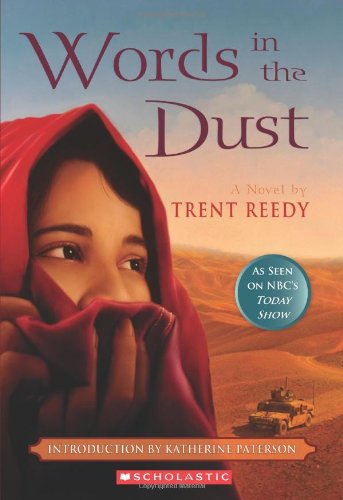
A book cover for Words in the Dust; Trent Reedy; Children's Books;